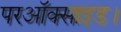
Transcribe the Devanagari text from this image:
परऑक्साइड।